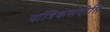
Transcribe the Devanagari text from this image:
यांत्रिकसंदीप्ति